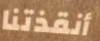
أنقذتنا